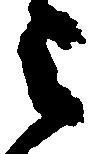
被